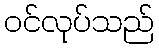
ဝင်လုပ်သည်